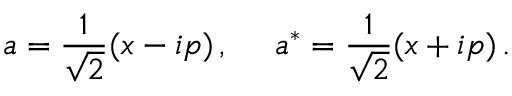
a = \frac { 1 } { \sqrt { 2 } } ( x - i p ) \, , ~ ~ ~ ~ a ^ { * } = \frac { 1 } { \sqrt { 2 } } ( x + i p ) \, .